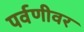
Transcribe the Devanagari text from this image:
पर्वणीवर